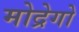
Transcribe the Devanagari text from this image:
मोद्रेगो